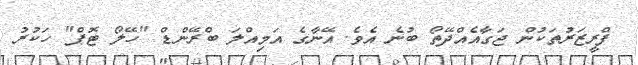
ފްރީޒަރުތަކުން ޖަގާއެއްދޭތޯ ބުނެ އެވެ. އޭނާގެ އަމިއްލަ ބްރޭންޑް "ހޭލޯ ޓޮޕް" ހަކުރު